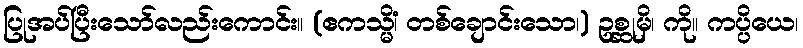
ပြုအပ်ပြီးသော်လည်းကောင်း။ (ဧကသ္မိံ၊ တစ်ချောင်းသော၊) ဥစ္ဆုမှိ၊ ကို။ ကပ္ပိယေ၊